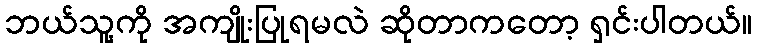
ဘယ်သူ့ကို အကျိုးပြုရမလဲ ဆိုတာကတော့ ရှင်းပါတယ်။